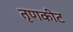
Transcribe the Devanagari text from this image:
तृणकीट